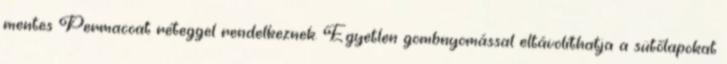
mentes Permacoat réteggel rendelkeznek. Egyetlen gombnyomással eltávolíthatja a sütőlapokat